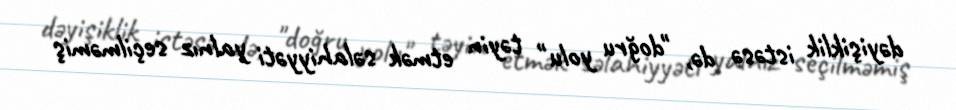
dəyişiklik istəsə də, "doğru yolu" təyin etmək səlahiyyəti yalnız seçilməmiş